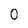
Character: 0